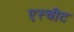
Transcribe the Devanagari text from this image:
एस्चीट